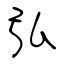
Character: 弘